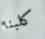
كلبنا